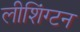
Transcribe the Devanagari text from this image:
लीशिंग्टन